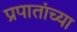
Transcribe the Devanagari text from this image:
प्रपातांच्या